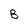
Character: B